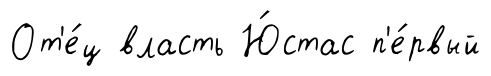
От'е́ц власть Ю́стас п'е́рвый